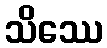
သိဿေ